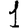
Digit: 1